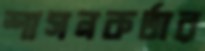
শাসনকর্তার